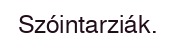
Szóintarziák.